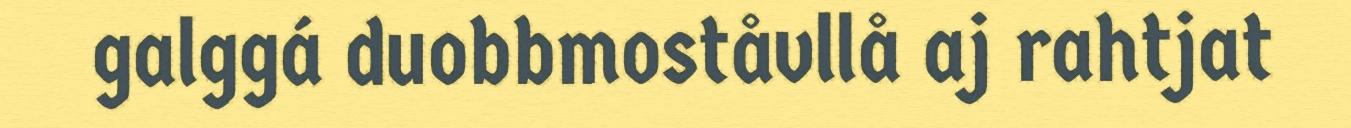
galggá duobbmoståvllå aj rahtjat